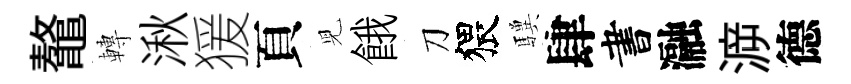
鼇轉湫猨頁児餓刀猥驥肆書瀜㴑德